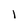
Character: l